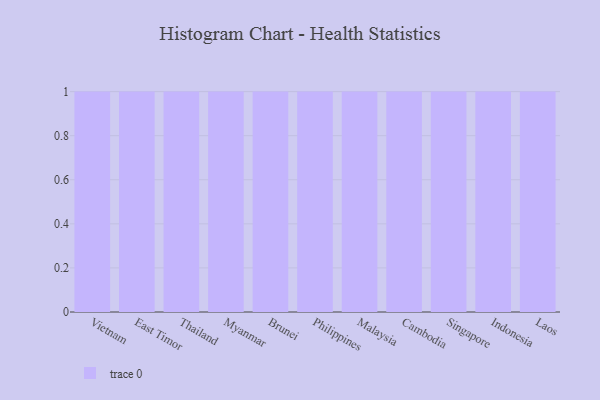
{"axis": {"x": "Country", "y": "LTV (USD)"}, "legend": [""], "data": [{"x": "Vietnam", "y": 34, "type": ""}, {"x": "East Timor", "y": 85, "type": ""}, {"x": "Thailand", "y": 5, "type": ""}, {"x": "Myanmar", "y": 88, "type": ""}, {"x": "Brunei", "y": 38, "type": ""}, {"x": "Philippines", "y": 29, "type": ""}, {"x": "Malaysia", "y": 56, "type": ""}, {"x": "Cambodia", "y": 35, "type": ""}, {"x": "Singapore", "y": 7, "type": ""}, {"x": "Indonesia", "y": 3, "type": ""}, {"x": "Laos", "y": 18, "type": ""}]}